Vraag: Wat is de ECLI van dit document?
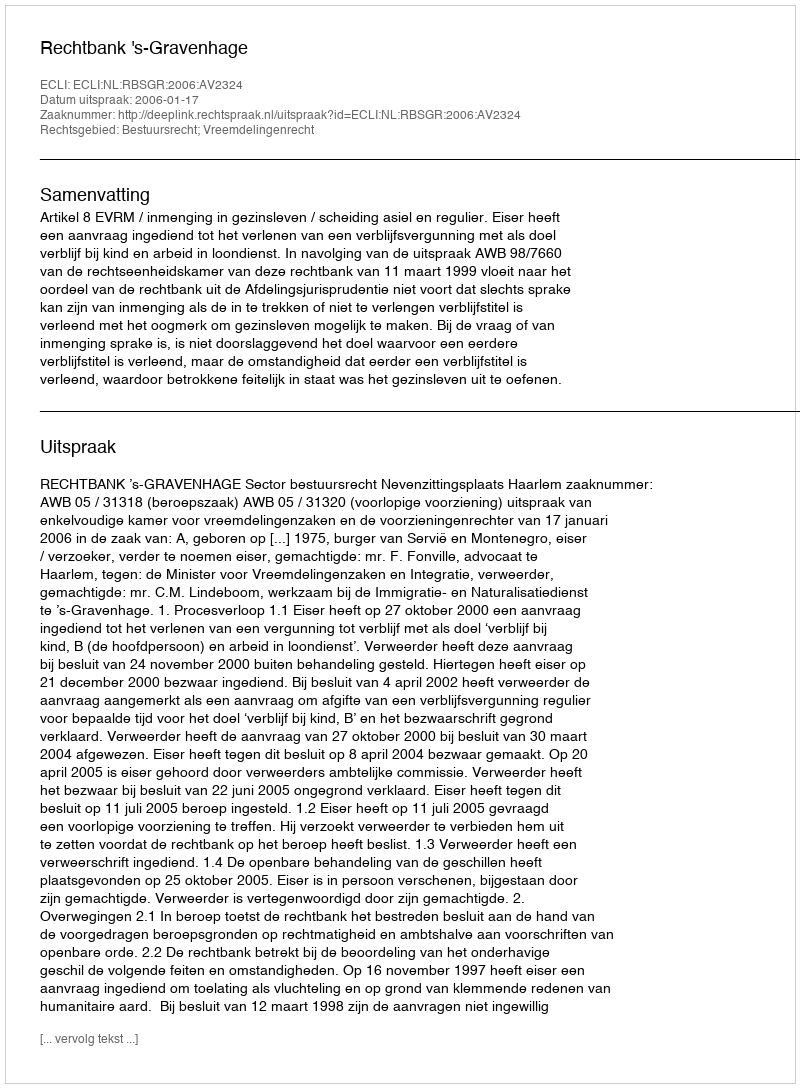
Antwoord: ECLI:NL:RBSGR:2006:AV2324